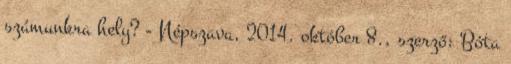
számunkra hely? - Népszava, 2014. október 8., szerző: Bóta